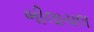
ભીલાચલ